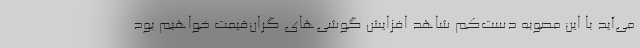
می‌آید با این مصوبه دست‌کم شاهد افزایش گوشی‌های گران‌قیمت خواهیم بود